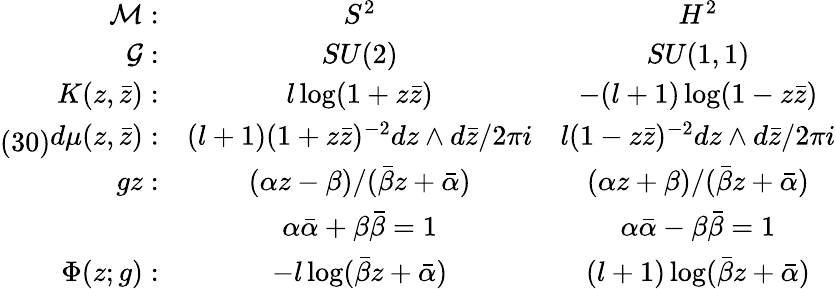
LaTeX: (30)\begin{array}{rcc}{{{\cal M}:}}&{{S^{2}}}&{{H^{2}}}\\ {{{\cal G}:}}&{{SU(2)}}&{{SU(1,1)}}\\ {{K(z,\bar{z}):}}&{{l\log(1+z\bar{z})}}&{{-(l+1)\log(1-z\bar{z})}}\\ {{d\mu(z,\bar{z}):}}&{{(l+1)(1+z\bar{z})^{-2}dz\wedge d\bar{z}/2\pi i}}&{{l(1-z\bar{z})^{-2}dz\wedge d\bar{z}/2\pi i}}\\ {{gz:}}&{{(\alpha z-\beta)/(\bar{\beta}z+\bar{\alpha})}}&{{(\alpha z+\beta)/(\bar{\beta}z+\bar{\alpha})}}\\ {{\; }}&{{\alpha\bar{\alpha}+\beta\bar{\beta}=1}}&{{\alpha\bar{\alpha}-\beta\bar{\beta}=1}}\\ {{\Phi(z;g):}}&{{-l\log(\bar{\beta}z+\bar{\alpha})}}&{{(l+1)\log(\bar{\beta}z+\bar{\alpha})}}\end{array}